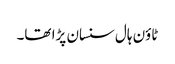
ٹاؤن ہال سنسان پڑا تھا۔